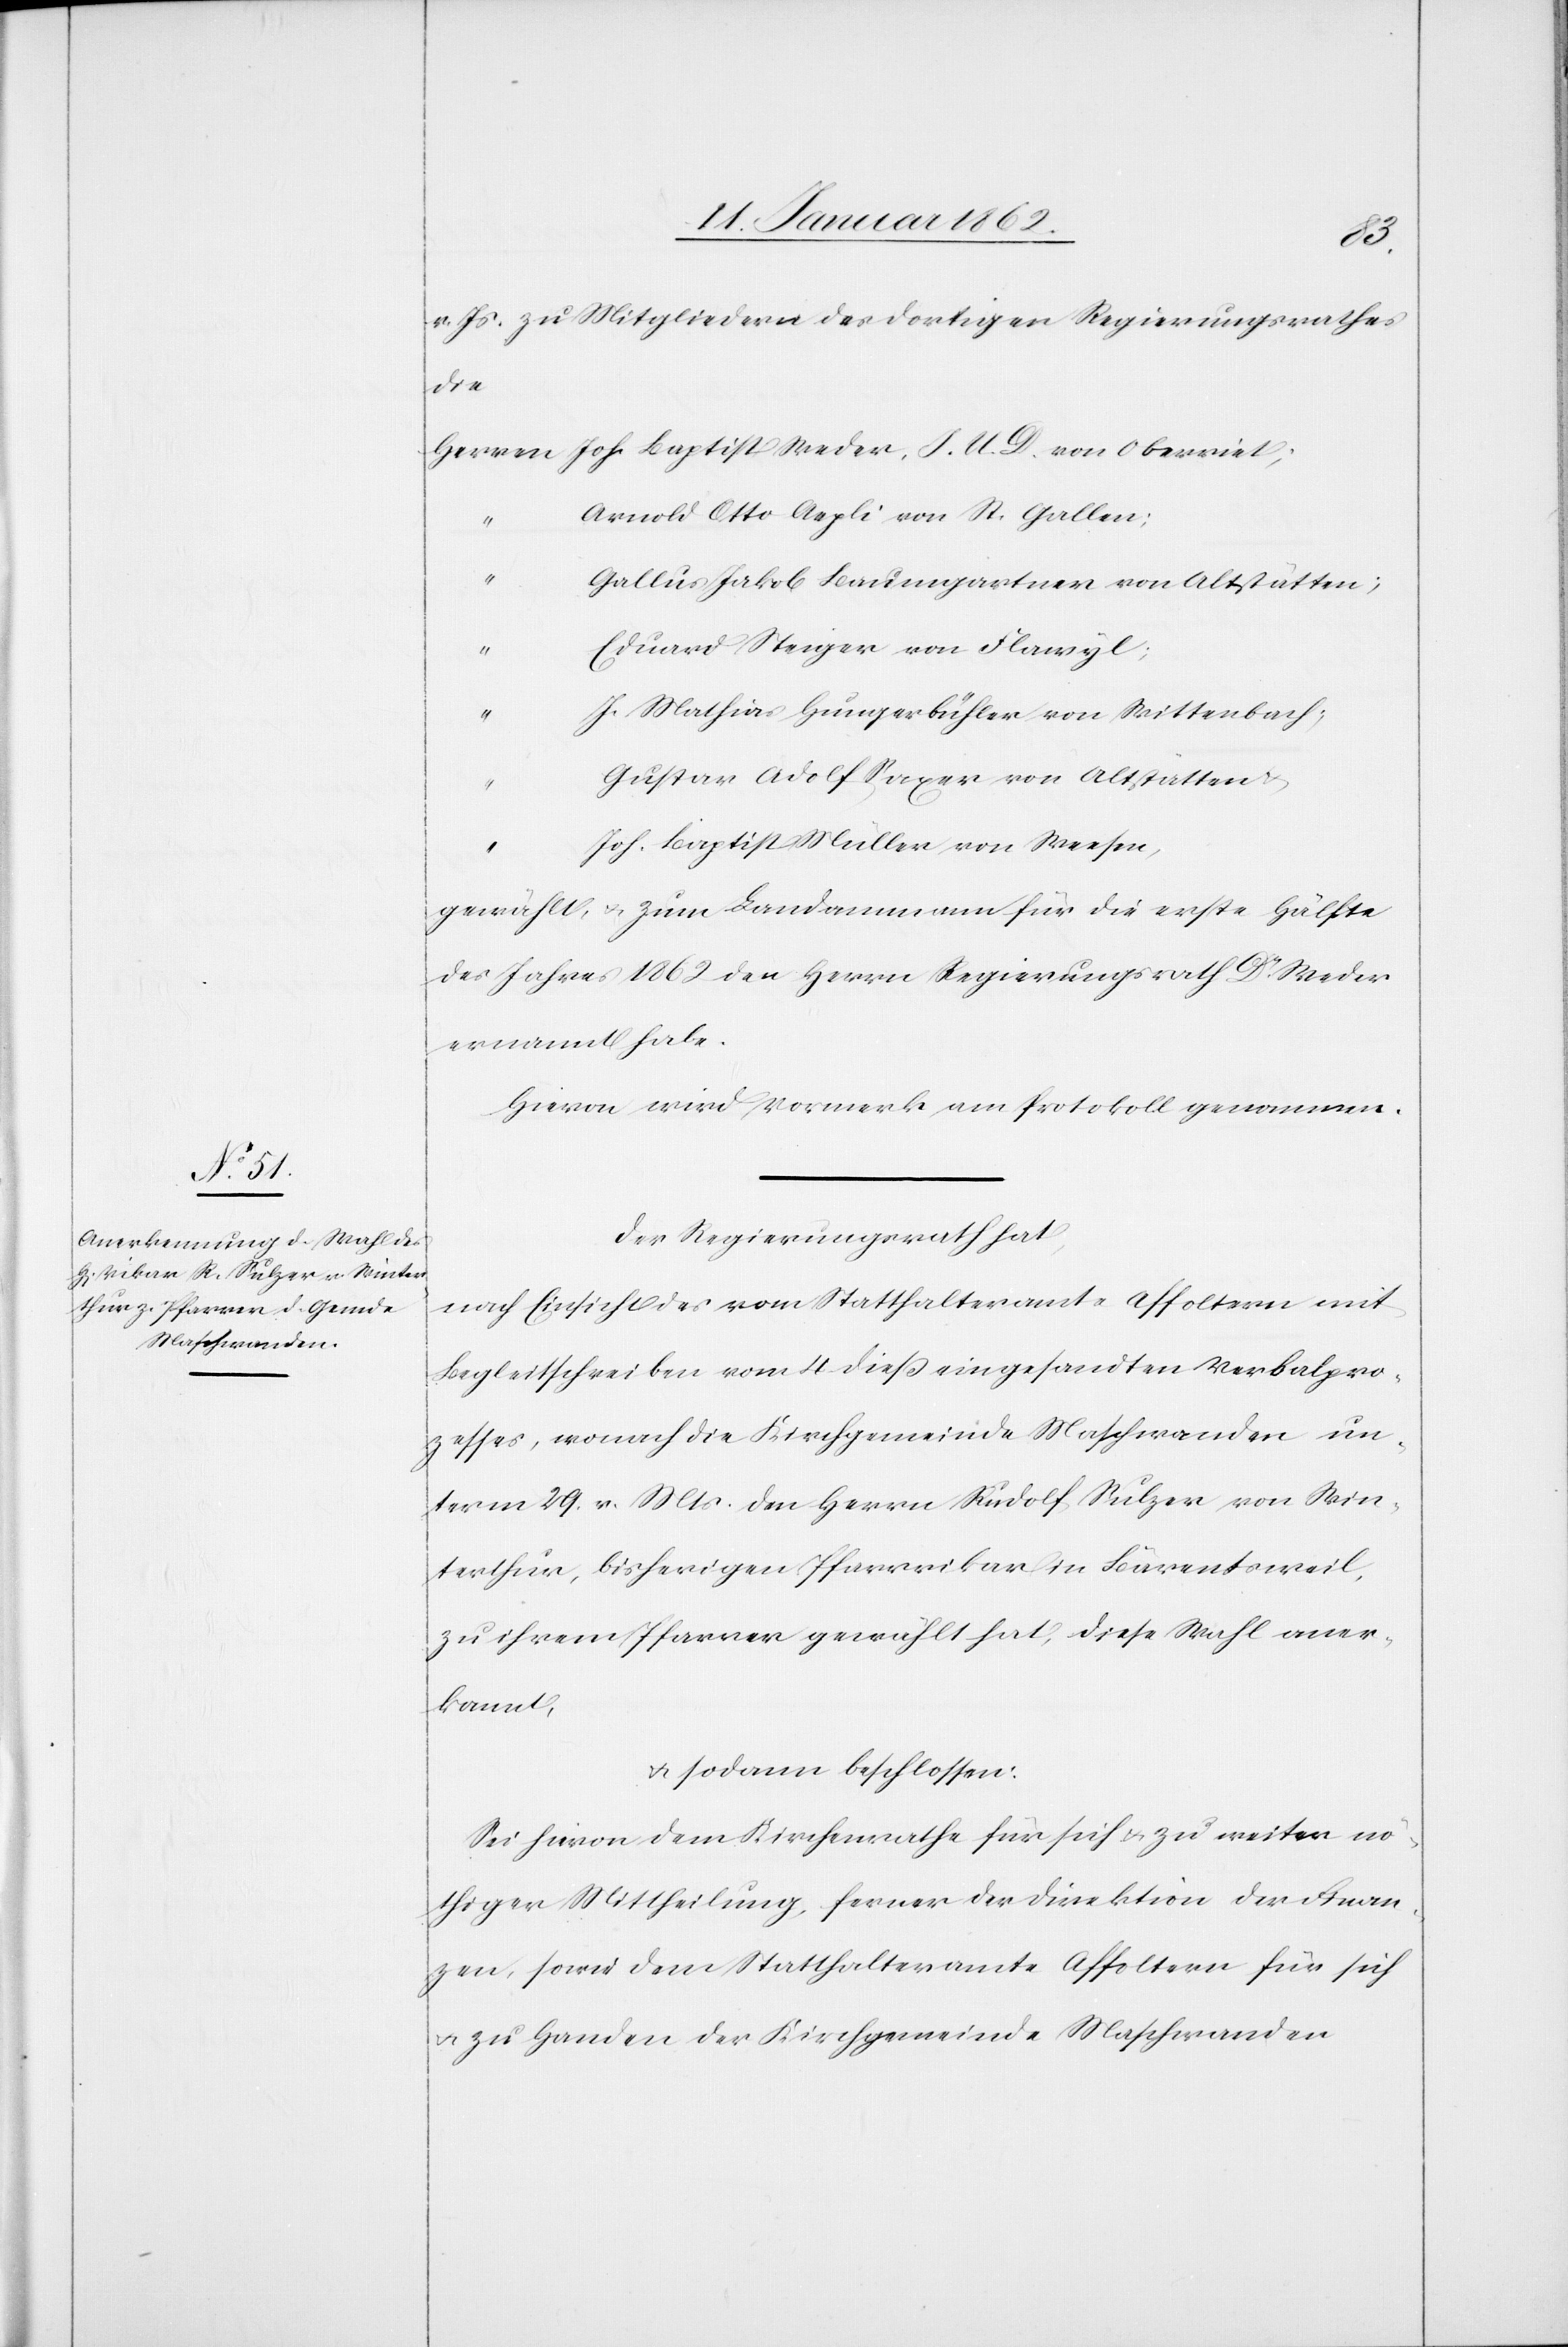
v. Js. zu Mitgliedern des dortigen Regierungsrathes
die
Herren Joh. Baptist Weder, I. U. D. von Oberriet;
Arnold Otto Aepli von St. Gallen;
“
Gallus Jakob Baumgartner von Altstätten;
Eduard Steiger von Flawyl;
J. Mathias Hungerbühler von Wittenbach;
Gustav Adolf Saxer von Altstätten u.
Joh. Baptist Müller von Weesen,
gewählt, u. zum Landammann für die erste Hälfte
des Jahres 1862 den Herrn Regierungsrath Dr. Weder
ernannt habe.
Hievon wird Vormerk am Protokoll genommen.
Der Regierungsrath hat,
nach Einsicht des vom Statthalteramte Affoltern mit
Begleitschreiben vom 4 dieß eingesandten Verbalpro¬
zesses, wonach die Kirchgemeinde Maschwanden un¬
term 29. v. Mts. den Herrn Rudolf Sulzer von Win¬
terthur, bisherigen Pfarrvikar in Bärentsweil,
zu ihrem Pfarrer gewählt hat, diese Wahl aner¬
kannt,
u. sodann beschlossen:
Sei hievon dem Kirchenrathe für sich u. zu weiter nö¬
thiger Mittheilung, ferner der Direktion der Finan¬
zen, sowie dem Statthalteramte Affoltern für sich
u. zu Handen der Kirchgemeinde Maschwanden